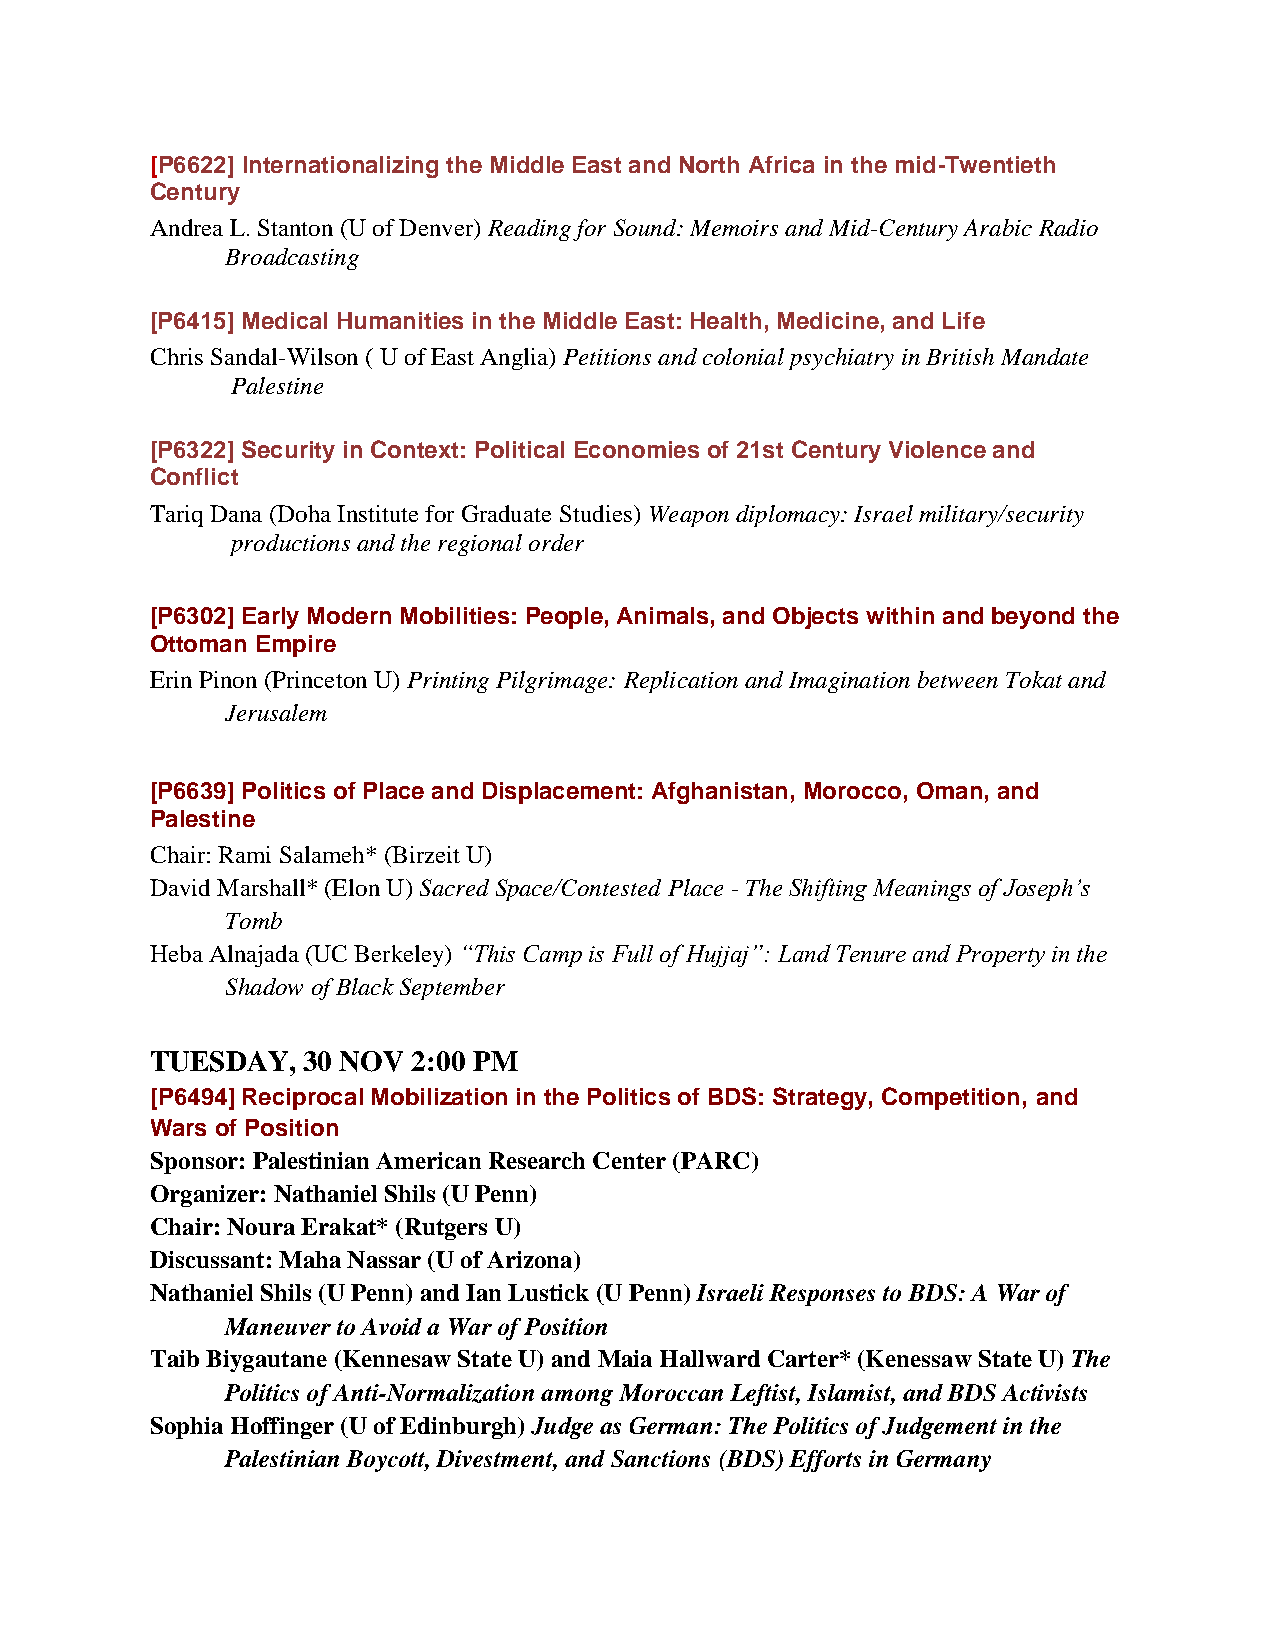
[P6622] Internationalizing the Middle East and North Africa in the mid-Twentieth
 Century
 Andrea L. Stanton (U of Denver) Reading for Sound: Memoirs and Mid-Century Arabic Radio
 Broadcasting
 [P6415] Medical Humanities in the Middle East: Health, Medicine, and Life
 Chris Sandal-Wilson ( U of East Anglia) Petitions and colonial psychiatry in British Mandate
 Palestine
 [P6322] Security in Context: Political Economies of 21st Century Violence and
 Conflict
 Tariq Dana (Doha Institute for Graduate Studies) Weapon diplomacy: Israel military/security
 productions and the regional order
 [P6302] Early Modern Mobilities: People, Animals, and Objects within and beyond the
 Ottoman Empire
 Erin Pinon (Princeton U) Printing Pilgrimage: Replication and Imagination between Tokat and
 Jerusalem
 [P6639] Politics of Place and Displacement: Afghanistan, Morocco, Oman, and
 Palestine
 Chair: Rami Salameh* (Birzeit U)
 David Marshall* (Elon U) Sacred Space/Contested Place - The Shifting Meanings of Joseph’s
 Tomb
 Heba Alnajada (UC Berkeley) “This Camp is Full of Hujjaj”: Land Tenure and Property in the
 Shadow of Black September
 TUESDAY,  30 NOV 2:00 PM
 [P6494] Reciprocal Mobilization in the Politics of BDS: Strategy, Competition, and
 Wars of Position
 Sponsor: Palestinian American Research Center (PARC)
 Organizer: Nathaniel Shils (U Penn)
 Chair: Noura Erakat* (Rutgers U)
 Discussant: Maha Nassar (U of Arizona)
 Nathaniel Shils (U Penn) and Ian Lustick (U Penn) Israeli Responses to BDS: A War of
 Maneuver to Avoid a War of Position
 Taib Biygautane (Kennesaw State U) and Maia Hallward Carter* (Kenessaw State U) The
 Politics of Anti-Normalization among Moroccan Leftist, Islamist, and BDS Activists
 Sophia Hoffinger (U of Edinburgh) Judge as German: The Politics of Judgement in the
 Palestinian Boycott, Divestment, and Sanctions (BDS) Efforts in Germany